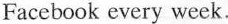
Facebook every week.